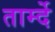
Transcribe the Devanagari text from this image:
तार्म्दे